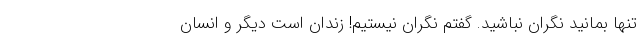
تنها بمانید نگران نباشید. گفتم نگران نیستیم! زندان است دیگر و انسان